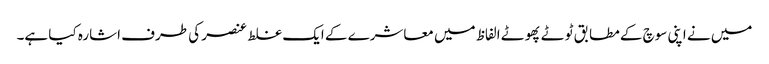
میں نے اپنی سوچ کے مطابق ٹوٹے پھوٹے الفاظ میں معاشرے کے ایک غلط عنصر کی طرف اشارہ کیا ہے۔